Leaving Certificate Examination, 1912
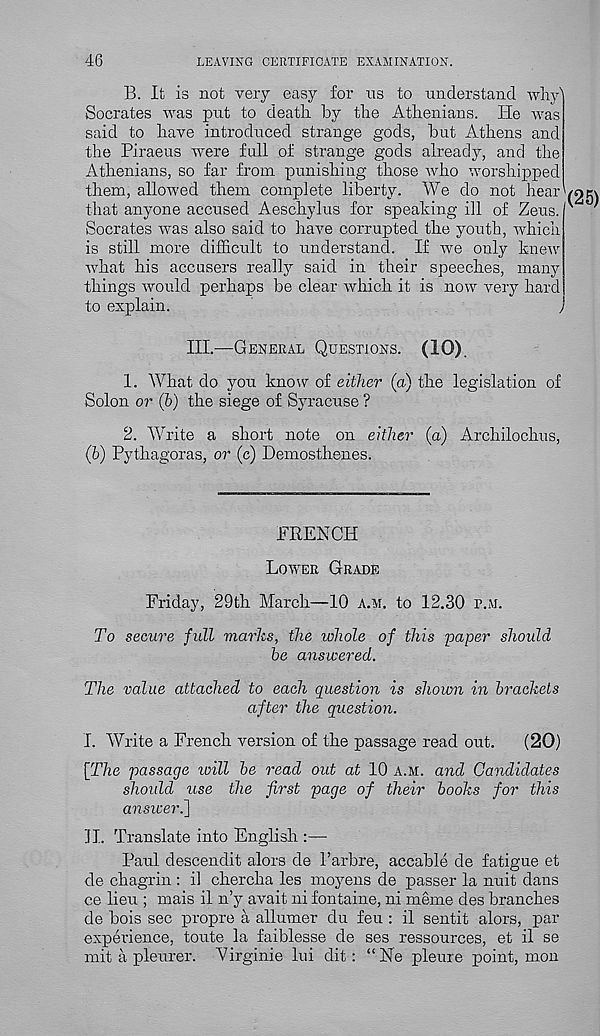
46
LEAVING CERTIFICATE EXAMINATION.
B. It is not very easy for ns to understand why'
Socrates was put to death by the Athenians. He was
said to have introduced strange gods, but Athens and
the Piraeus were full of strange gods already, and the
Athenians, so far from punishing those who worshipped
them, allowed them complete liberty. We do not hear'
that anyone accused Aeschylus for speaking ill of Zeus.
Socrates was also said to have corrupted the youth, which
is still more difficult to understand. If we only knew
what his accusers really said in their speeches, many
tilings would perhaps be clear which it is now very hard
to explain.
III.—General Questions. (10).
1. What do you know of either (a) the legislation of
Solon or (b) the siege of Syracuse ?
2. Write a short note on either (a) Archilochus,
(b) Pythagoras, or (c) Demosthenes.
FRENCH
Lower Grade
Friday, 29th March—10 a.m. to 12.30 p.m.
To secure full marks, the whole of this paper should
be answered.
The value attached to each question is shown in brackets
after the question.
I. Write a French version of the passage read out.
(20)
[The passage will be read out at 10 a.m. and Candidates
should use the first page of their books for this
answer.]
II. Translate into English :—
Paul descendit alors de Parbre, accable de fatigue et
de chagrin : il chercha les moyens de passer la nuit dans
ce lieu ; mais il n’y avait ni fontaine, ni meme des branches
de bois sec propre a allumer du feu : il sentit alors, par
experience, toute la faiblesse de ses ressources, et il se
mit a pleurer. Virginie lui dit: “Ne pleure point, mon